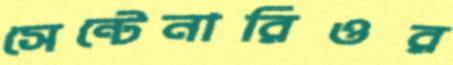
সেন্টেনারিওর